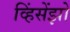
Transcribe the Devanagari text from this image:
व्हिंसेंझो